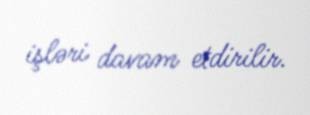
işləri davam etdirilir.